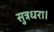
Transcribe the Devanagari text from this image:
सुत्रधरा।